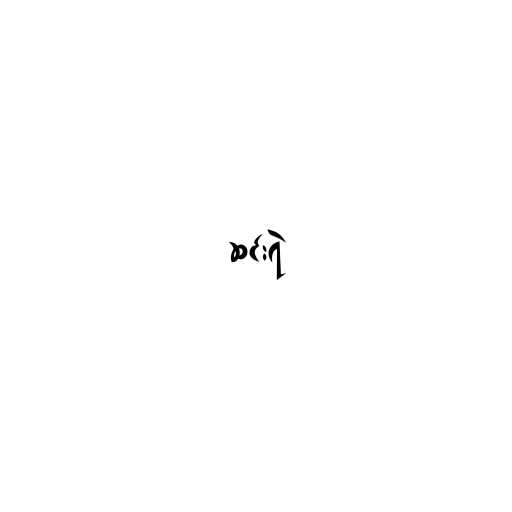
ဆင်းရဲ